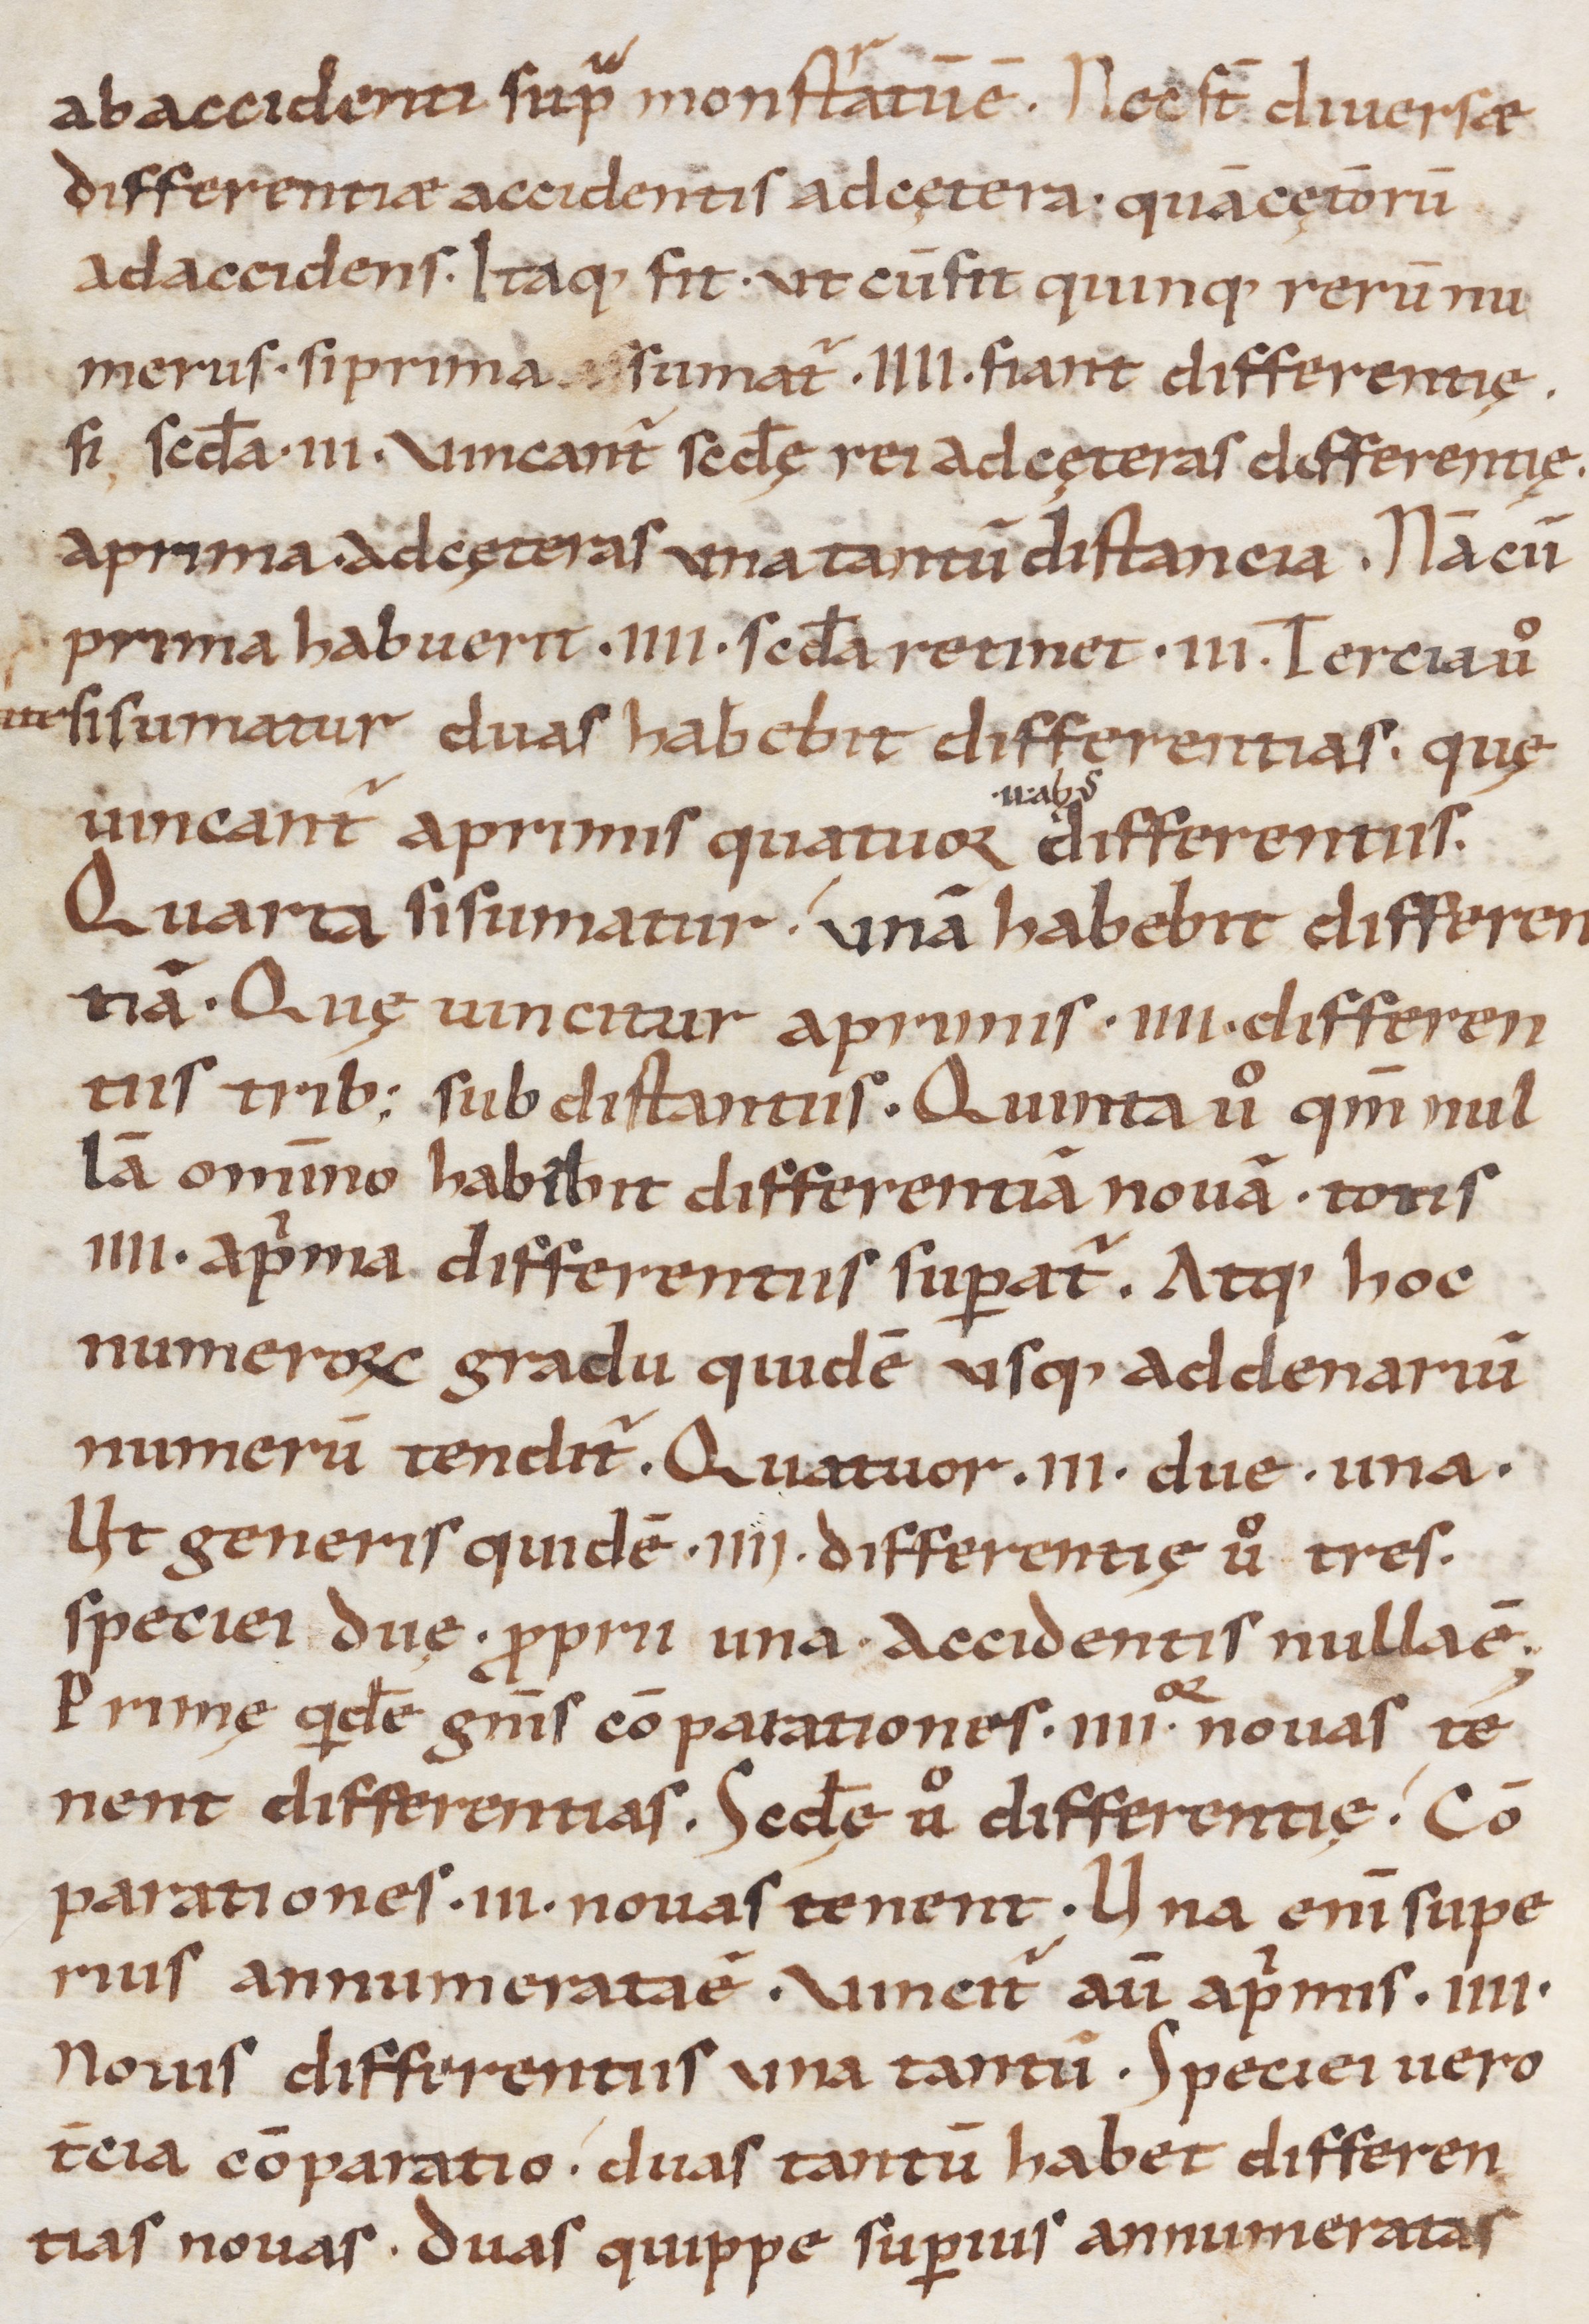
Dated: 900–999